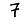
Digit: 7